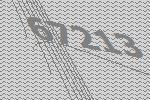
67213